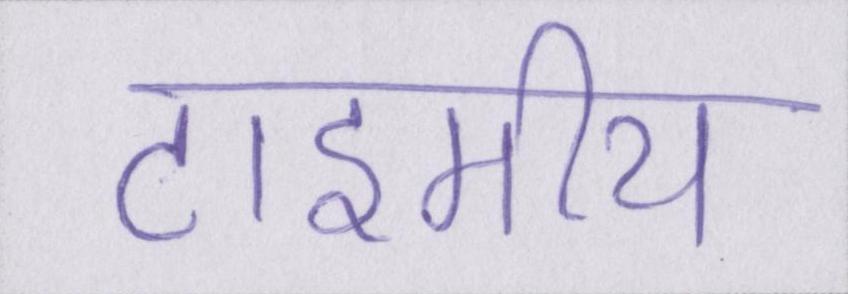
टाइमीय